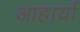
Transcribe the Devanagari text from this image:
आहार्या